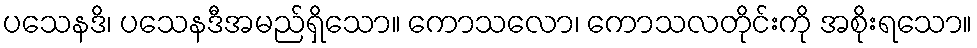
ပသေနဒိ၊ ပသေနဒီအမည်ရှိသော။ ကောသလော၊ ကောသလတိုင်းကို အစိုးရသော။